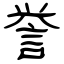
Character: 誉